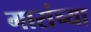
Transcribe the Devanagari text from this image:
गारांच्या